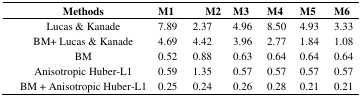
| Methods | M1 | M2 | M3 | M4 | M5 | M6 |
 | --- | --- | --- | --- | --- | --- | --- |
 | Lucas & Kanade | 7.89 | 2.37 | 4.96 | 8.50 | 4.93 | 3.33 |
 | BM+ Lucas & Kanade | 4.69 | 4.42 | 3.96 | 2.77 | 1.84 | 1.08 |
 | BM | 0.52 | 0.88 | 0.63 | 0.64 | 0.64 | 0.64 |
 | Anisotropic Huber-L1 | 0.59 | 1.35 | 0.57 | 0.57 | 0.57 | 0.57 |
 | BM + Anisotropic Huber-L1 | 0.25 | 0.24 | 0.26 | 0.28 | 0.21 | 0.21 |